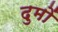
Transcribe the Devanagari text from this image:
दुमों